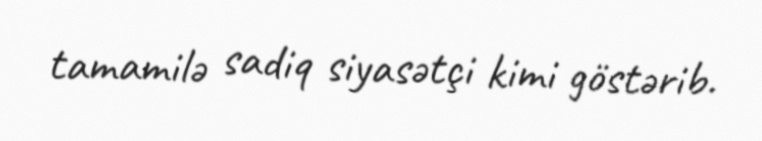
tamamilə sadiq siyasətçi kimi göstərib.